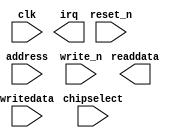
module timer_0 (
		input  wire        clk,        //   clk.clk
		input  wire        reset_n,    // reset.reset_n
		input  wire [2:0]  address,    //    s1.address
		input  wire [15:0] writedata,  //      .writedata
		output wire [15:0] readdata,   //      .readdata
		input  wire        chipselect, //      .chipselect
		input  wire        write_n,    //      .write_n
		output wire        irq         //   irq.irq
	);
endmodule